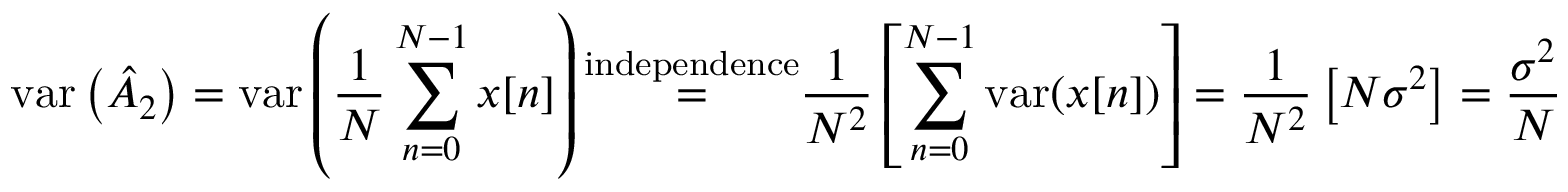
\mathrm { v a r } \left( { \hat { A } } _ { 2 } \right) = \mathrm { v a r } \left( { \frac { 1 } { N } } \sum _ { n = 0 } ^ { N - 1 } x [ n ] \right) { \overset { \mathrm { i n d e p e n d e n c e } } { = } } { \frac { 1 } { N ^ { 2 } } } \left[ \sum _ { n = 0 } ^ { N - 1 } \mathrm { v a r } ( x [ n ] ) \right] = { \frac { 1 } { N ^ { 2 } } } \left[ N \sigma ^ { 2 } \right] = { \frac { \sigma ^ { 2 } } { N } }